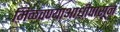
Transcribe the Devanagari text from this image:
मिळवण्याआधीपासून